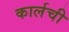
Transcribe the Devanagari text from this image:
कार्लची